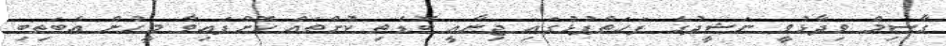
ގާސިމް ވިދާޅުވީ ނަޝީދުގެ ފަހަތްޕުޅުގައި ޖިނާއީ ބޮޑެތި ކުށްތައް ކޮށްފައިވާ މީހުން އެބަތިބި